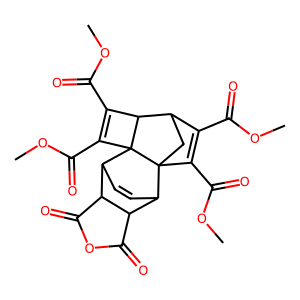
SMILES: COC(=O)C1=C(C(=O)OC)C23CC1C1C(C(=O)OC)=C(C(=O)OC)C12C1C=CC3C2C(=O)OC(=O)C21
Inhibits HIV replication: No